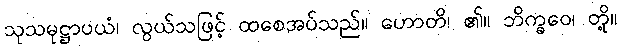
သုသမုဋ္ဌာပယံ၊ လွယ်သဖြင့် ထစေအပ်သည်။ ဟောတိ၊ ၏။ ဘိက္ခဝေ၊ တို့။